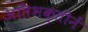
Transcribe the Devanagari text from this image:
अतिभक्तीनें